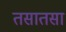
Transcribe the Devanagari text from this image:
तसातसा